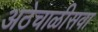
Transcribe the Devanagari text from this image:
अठेचाळीसवा